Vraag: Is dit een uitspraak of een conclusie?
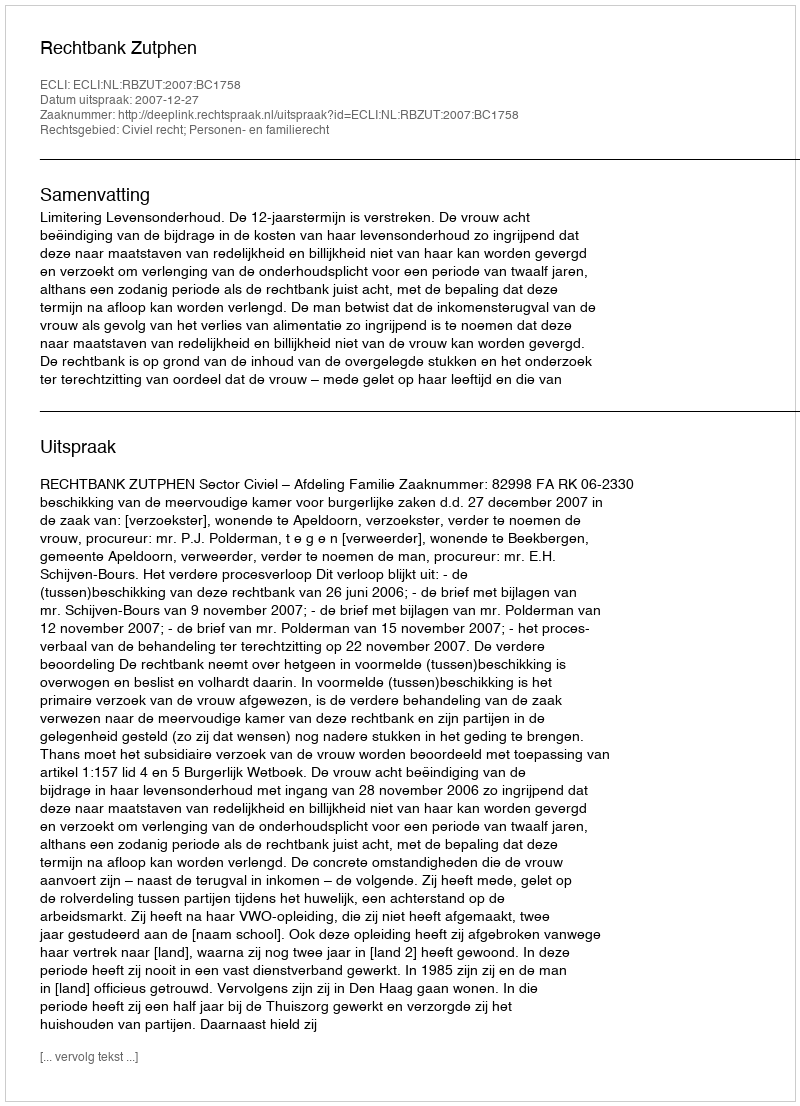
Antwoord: Uitspraak